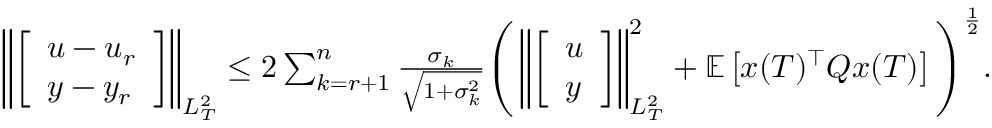
\begin{array} { r } { \left\| \left[ \begin{array} { l } { u - u _ { r } } \\ { y - y _ { r } } \end{array} \right] \right\| _ { L _ { T } ^ { 2 } } \leq 2 \sum _ { k = r + 1 } ^ { n } \frac { \sigma _ { k } } { \sqrt { 1 + \sigma _ { k } ^ { 2 } } } \Bigg ( \left\| \left[ \begin{array} { l } { u } \\ { y } \end{array} \right] \right\| _ { L _ { T } ^ { 2 } } ^ { 2 } + \mathbb E \left[ x ( T ) ^ { \top } Q x ( T ) \right] \Bigg ) ^ { \frac { 1 } { 2 } } . } \end{array}